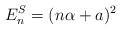
\begin{align*}E_n^S=(n\alpha+a)^2\end{align*}